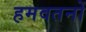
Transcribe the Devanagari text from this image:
हमवतनों